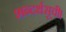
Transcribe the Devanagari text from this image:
शब्दर्थसूची।